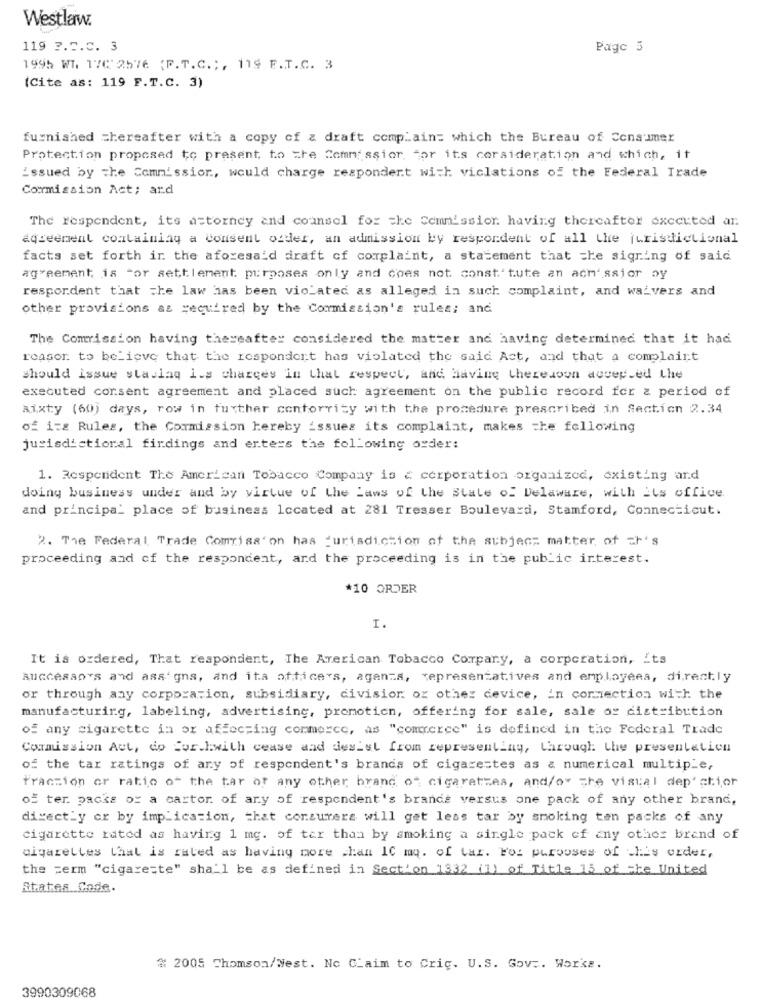
Westlaw.
119 ?. 5.C. 3
Page 5
1995 WI. 17C'2576 {F.T.C .;, 119 F.T.C. 3
(Cite as: 119 F.T.C. 3)
furnished =hereafter with a copy of z draft complain= which the Bureau of Consumer
Protection proposed to present, to the Commission, tor its corsideration and which, it
issued by The Commission, would charge respondent with viclations of the Federal Trade
Commission Act; ard
The respondent, its attorney and counsel for the Commission having thereafter executed ar
agreement containing a Consent ofder, an admission by respondent of all the jurisdictional
facts set forth in the aforesaid draft of complaint, a statement that che signing of said
agreement is tor settlement purposes only and does not constitute an ach'ssior oy
respordent that the law has been violated as alleged in such complaint, and waivers and
other provisions as required by the Commission's rules; and
The Commission having thereafter considered the matter and having determined that it had
reason to believe that the respondert has violated the said Act, and that a complaint
should issue staslaq i.s charges in Chal respect, and Having thereason accepted the
executed consent agreement and placed such agreement on the public record for a period of
aixty (60) days, row in further conforrity with the procedure prescribed in Section 2.34
of its Rules, the Commission hereby issues its complaint, makes the following
jurisdictional firdings and erters the following order:
1. Respondent The American Tobacco Company is a corporation organized, existing and
doing business under and by virtue of the Laws of the State of Delaware, with its office
and principal place of business located at 281 Tresser Boulevard, Stamford, Connecticut.
2. The Federal Trade Comisa' on has jurisdiction of the subject matter of zh's
proceeding and of the respondent, and the proceeding is in the public interest.
*10 ORDER
I.
It is ordered, That respondent, The American Tobacco Corpary, a corporation, its
successors and assigns, and its officers, agents, representatives and employees, directly
or through any corporation, subsidiary, divisior or other device, in connection with the
manufacturing, labeling, advertising, promotion, offering for sale, sale or distribution
of any cigarette in or affecting commerce, as "commerce" is defined in the Federal Trade
Commission Act, do Corkwith cease and desist from representing, through the presentation
of the tar ratings of any of respondent's brands of cigarestes as a numerical multiple,
Traccion or ratio of the tar or any other brand of cigarettes, and/or the visual dep'chior
of ter. packs of a cartor of ary of respondent's brande versus one pack of any other brand,
directly or by implication, that consumers will get less tar by smoking ten packs of any
cigarette rated as having 1 mg. of tar than by smoking a single pack of any other brand of
cigarettes taal is rated as having more than 10 mq. of tar. Foi purooses of this order,
the perm "cigarette" shall be as defined in Section 1332 (1) of Title 13 of the United
States. Code.
# 2005 Thomson/West. No Claim to Cric. U.S. Gov .. Works.
3990309068